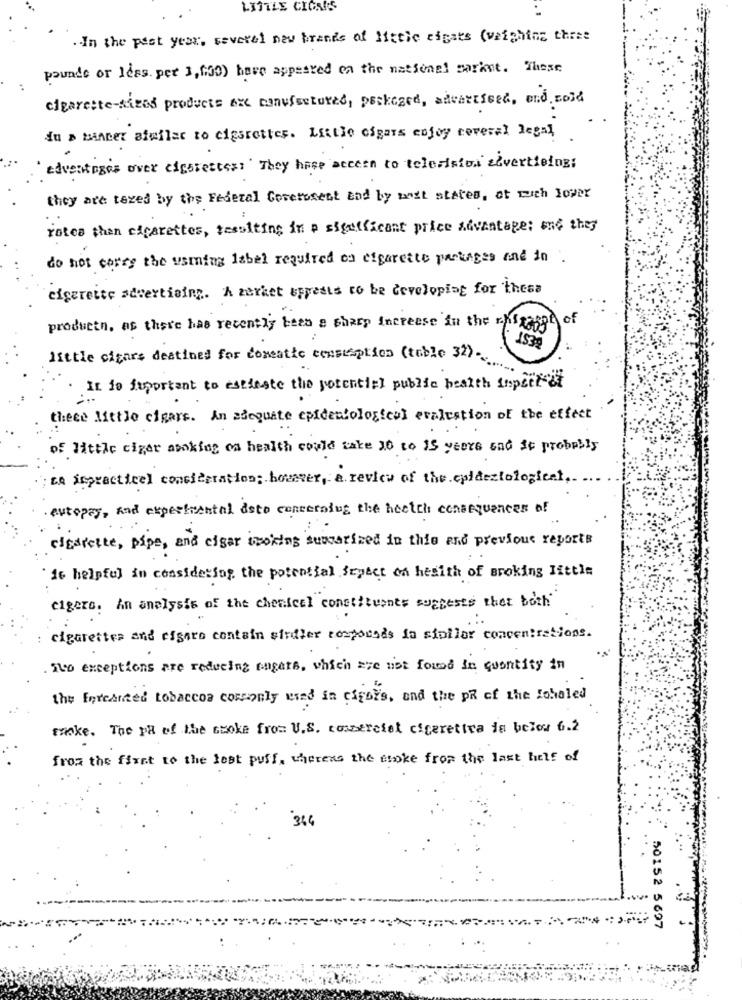
LITTLE CIONIS
. In the past year, several new brands of little eigats (weighing three
pounde or less. per 3,130) have appeared on the national sarist. These
cigarette-sized products are manufactured, packaged, advertised, and cold
du > banner similar to cigarettes. Little cigars enjoy coveral legal,
edventages over cigarettess' They have access to televisiva advertising;
they are texes by the Federal Coretosent and by wait states, at with lower
rotes than cigarettes, resulting in a significant price Advantage; wne they
do not carry the usming label required on cigarette packages and in
cigarette advertising. A zarket appears to be developing for these
of
producto, as there has recently been a sharp Increase in the rhftofft
1539
little cigars destined for coneatie consumption (table 32) .
It is important to estieste the potential public health suspect of
thece little cigars. An adequate epidemiological evaluation of the effect
of little cigar making ca health could take 10 to 15 years and it probably
za impractical consideration; however, a review of the coldestological ..
. eutopay, and experimental dsto concerning the health consequences of
cigarette, pipe, and cigar smoking summarized in this and previous reports
it helpful in considering the potential Septet on health of Broking little
eigers. An analysis of the chemical constituents suggests that both
cigarettes and cigaro contain sindler compounds in sipilor concentrations.
. Ito exceptions are reducing engars, which are not found in quantity in
the Enrecited tobaccoa commonly used in citbes, and the PR of the Toholed
make. The Pa of the smoke from U.S. comercial citerettra is below 6.2
from the first to the lost puff, whereas the croke from the last half of
364
50152 5697